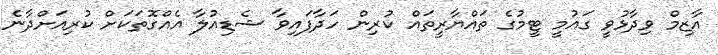
އާޒިމް ވިދާޅުވީ ގައުމީ ޓީމުގެ ތައްޔާރީތައް ކުރިން ހަދާފައިވާ ޝެޑިއުލާ އެއްގޮތަކަށް ކުރިއަށްދާނެ